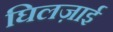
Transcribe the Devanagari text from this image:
घिलज़ाई